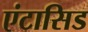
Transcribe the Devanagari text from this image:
एंटासिड